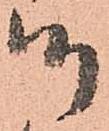
御